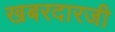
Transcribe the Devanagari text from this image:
खबरदारजी